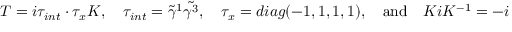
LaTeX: T = i \tau _ { i n t } \cdot \tau _ { x } K , \quad \tau _ { i n t } = \tilde { \gamma } ^ { 1 } \tilde { \gamma ^ { 3 } } , \quad \tau _ { x } = d i a g ( - 1 , 1 , 1 , 1 ) , \quad \mathrm { a n d } \quad K i K ^ { - 1 } = - i